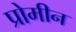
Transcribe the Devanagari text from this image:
प्रोमीन